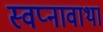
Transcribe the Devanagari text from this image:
स्वप्नावाथा